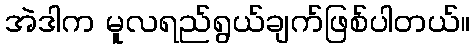
အဲဒါက မူလရည်ရွယ်ချက်ဖြစ်ပါတယ်။